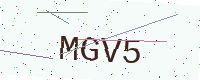
Text: MGV5